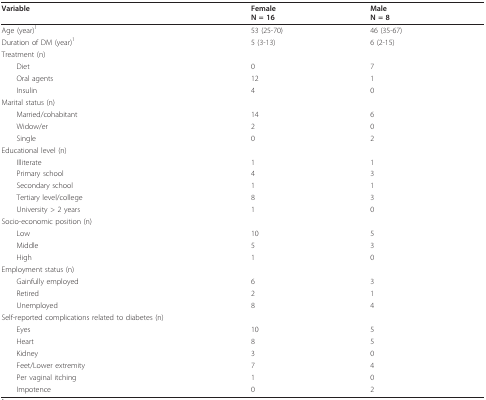
<table><thead><tr><td><b>Variable</b></td><td><b>FemaleN = 16</b></td><td><b>MaleN = 8</b></td></tr></thead><tbody><tr><td>Age (year)<sup>1</sup></td><td>53 (25-70)</td><td>46 (35-67)</td></tr><tr><td>Duration of DM (year)<sup>1</sup></td><td>5 (3-13)</td><td>6 (2-15)</td></tr><tr><td>Treatment (n)</td><td></td><td></td></tr><tr><td> Diet</td><td>0</td><td>7</td></tr><tr><td> Oral agents</td><td>12</td><td>1</td></tr><tr><td> Insulin</td><td>4</td><td>0</td></tr><tr><td>Marital status (n)</td><td></td><td></td></tr><tr><td> Married/cohabitant</td><td>14</td><td>6</td></tr><tr><td> Widow/er</td><td>2</td><td>0</td></tr><tr><td> Single</td><td>0</td><td>2</td></tr><tr><td>Educational level (n)</td><td></td><td></td></tr><tr><td> Illiterate</td><td>1</td><td>1</td></tr><tr><td> Primary school</td><td>4</td><td>3</td></tr><tr><td> Secondary school</td><td>1</td><td>1</td></tr><tr><td> Tertiary level/college</td><td>8</td><td>3</td></tr><tr><td> University &gt; 2 years</td><td>1</td><td>0</td></tr><tr><td>Socio-economic position (n)</td><td></td><td></td></tr><tr><td> Low</td><td>10</td><td>5</td></tr><tr><td> Middle</td><td>5</td><td>3</td></tr><tr><td> High</td><td>1</td><td>0</td></tr><tr><td>Employment status (n)</td><td></td><td></td></tr><tr><td> Gainfully employed</td><td>6</td><td>3</td></tr><tr><td> Retired</td><td>2</td><td>1</td></tr><tr><td> Unemployed</td><td>8</td><td>4</td></tr><tr><td>Self-reported complications related to diabetes (n)</td><td></td><td></td></tr><tr><td> Eyes</td><td>10</td><td>5</td></tr><tr><td> Heart</td><td>8</td><td>5</td></tr><tr><td> Kidney</td><td>3</td><td>0</td></tr><tr><td> Feet/Lower extremity</td><td>7</td><td>4</td></tr><tr><td> Per vaginal itching</td><td>1</td><td>0</td></tr><tr><td> Impotence</td><td>0</td><td>2</td></tr></tbody></table>